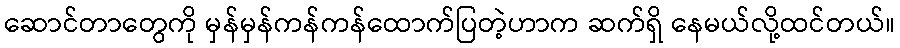
ဆောင်တာတွေကို မှန်မှန်ကန်ကန်ထောက်ပြတဲ့ဟာက ဆက်ရှိ နေမယ်လို့ထင်တယ်။